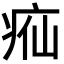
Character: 𬏣